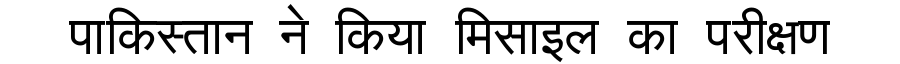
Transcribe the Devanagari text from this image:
पाकिस्तान ने किया मिसाइल का परीक्षण